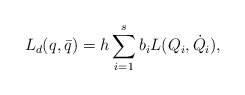
\begin{align*}L_d(q,\bar q) = h\sum_{i=1}^{s} b_i L(Q_i,\dot Q_i),\end{align*}